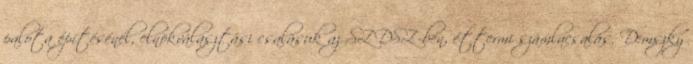
palota építésénél, elnökválasztási csalásuk az SZDSZ-ben, éttermi számlacsalás. Demszky